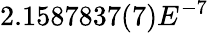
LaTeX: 2.1587837(7)E^{-7}